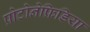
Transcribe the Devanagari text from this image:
प्रोटोनेफ्रिडिया